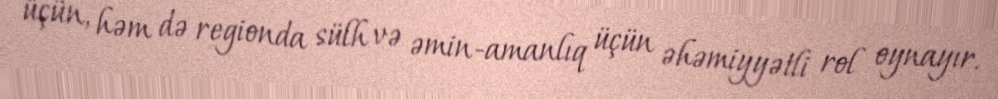
üçün, həm də regionda sülh və əmin-amanlıq üçün əhəmiyyətli rol oynayır.